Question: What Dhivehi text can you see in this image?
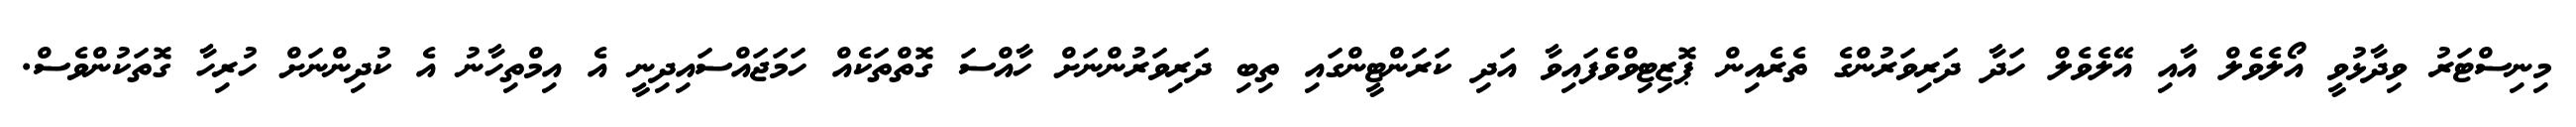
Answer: މިނިސްޓަރު ވިދާޅުވީ އޯލެވެލް އާއި އޭލެވެލް ހަދާ ދަރިވަރުންގެ ތެރެއިން ޕޮޒިޓިވްވެފައިވާ އަދި ކަރަންޓީންގައި ތިބި ދަރިވަރުންނަށް ހާއްސަ ގޮތްތަކެއް ހަމަޖައްސައިދިނީ އެ އިމްތިހާނު އެ ކުދިންނަށް ހުރިހާ ގޮތަކުންވެސް.